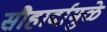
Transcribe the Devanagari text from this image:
सौहार्दामुळे